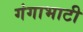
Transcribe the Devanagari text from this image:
गंगाभाटी